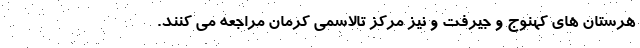
هرستان های کهنوج و جیرفت و نیز مرکز تالاسمی کرمان مراجعه می کنند.